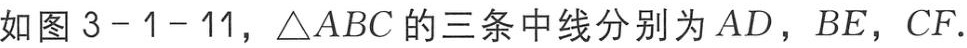
如图 \(3 - 1 - 11\)，\(\triangle ABC\) 的三条中线分别为 \(AD\)，\(BE\)，\(CF\).